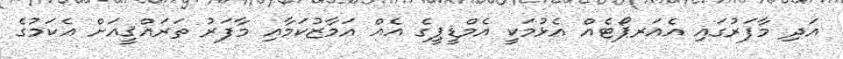
އަދި މާފަރުގައި އެއަރޕޯޓެއް އެޅުމަކީ އެމްޑީޕީގެ އެއް އަމާޒުކަމާއި މާފަރު ތަރައްޤީއަށް އެކަމުގެ